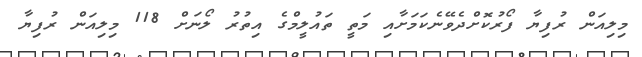
މިލިއަން ރުފިޔާ ފޯރުކޮށްދެވޭނެކަމަށާއި މަތީ ތައުލީމްގެ އިތުރު ލޯނަށް 118 މިލިއަން ރުފިޔާ